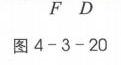
$F\ D$
图 4 - 3 - 20